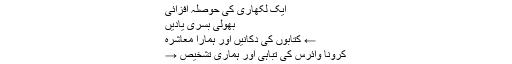
ایک لکھاری کی حوصلہ افزائی
بُھولی بسری یادیں
← کتابوں کی دکانیں اور ہمارا معاشرہ
کرونا وائرس کی تباہی اور ہماری تشخیص →